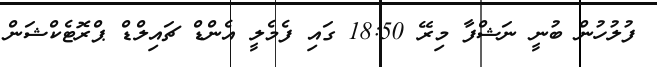
ފުލުހުން ބުނީ ނަޝްފާ މިރޭ 18:50 ގައި ފެމެލީ އެންޑް ޗައިލްޑް ޕްރޮޓެކްޝަން